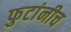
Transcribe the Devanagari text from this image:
फुटांनीच